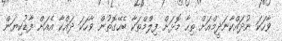
ވާހަކަ ނުދައްކާނަދީމްއަށް ތިހާ މޮޅަށް ފިލްމްތަކާ ބެހޭގޮތުން ވާހަކަ ދައްކާ އެއަށް ފާޑުކިޔަން